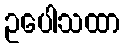
ဥပေါသထာ